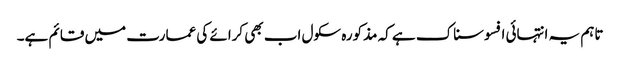
تاہم یہ انتہائی افسوسناک ہے کہ مذکورہ سکول اب بھی کرائے کی عمارت میں قائم ہے۔